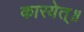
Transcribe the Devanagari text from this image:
कारयेत्॥